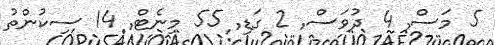
5 މަސް